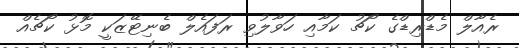
ރެއާލް މެޑްރިޑްގެ ކޯޗު ކަމާއި ހަވާލުވި ރަފައެލް ބެނިޓޭޒަކީ މޮޅު ކޯޗެއް